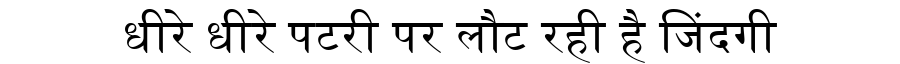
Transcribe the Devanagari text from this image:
धीरे धीरे पटरी पर लौट रही है जिंदगी